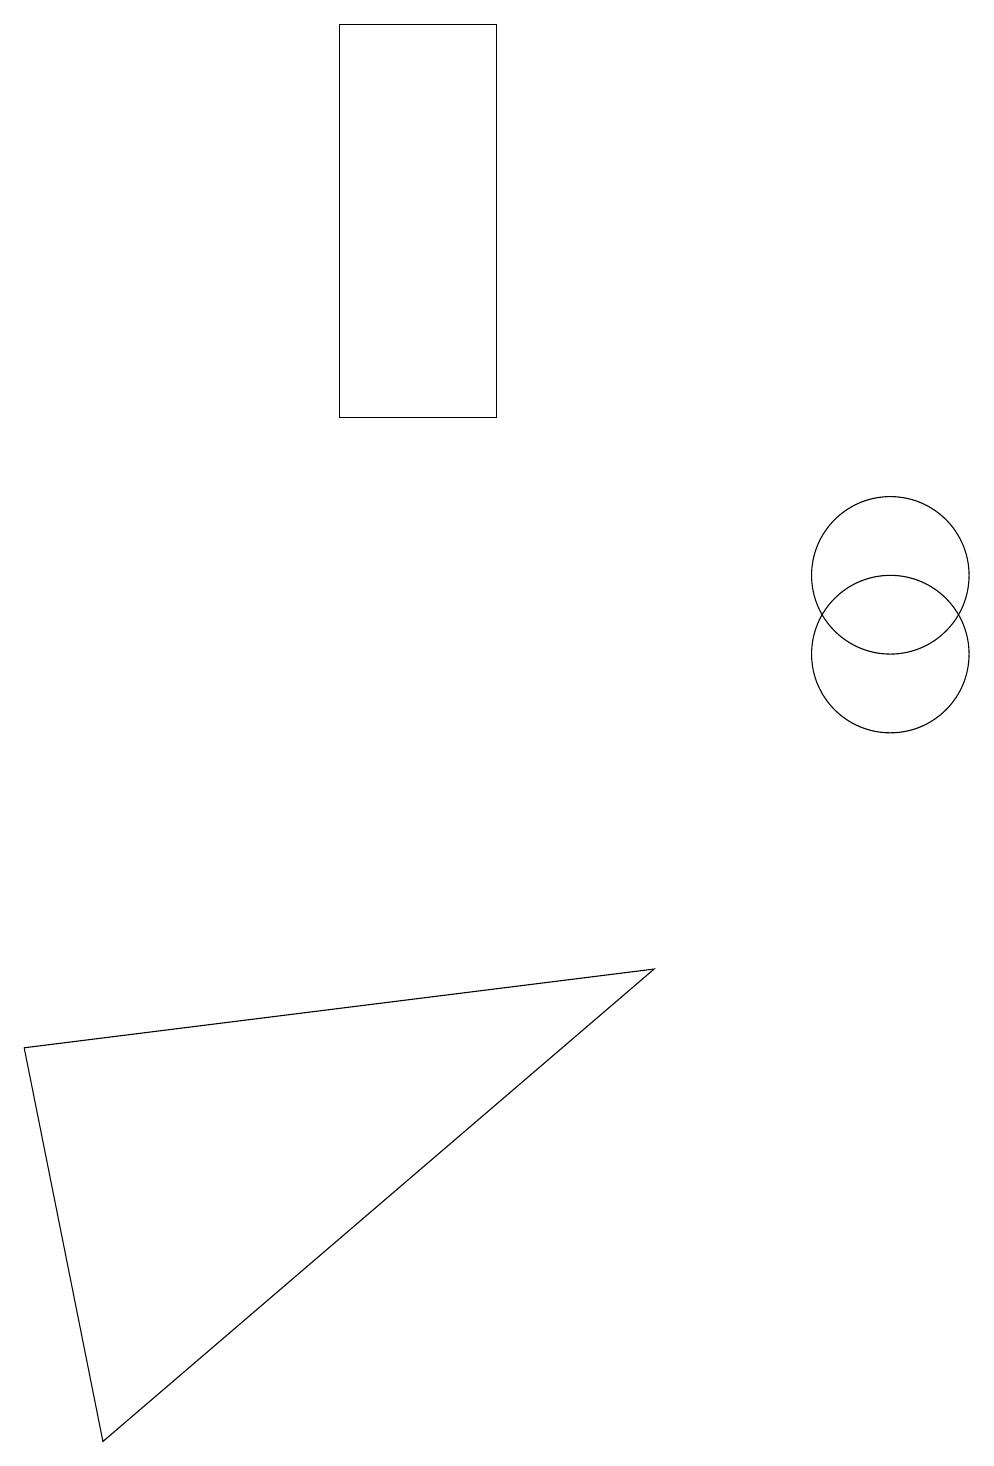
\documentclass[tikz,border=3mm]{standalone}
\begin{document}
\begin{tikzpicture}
\draw (12,11) circle (1);
\draw (12,10) circle (1);
\draw (1,5) -- (2,0) -- (9,6) -- cycle;
\draw (7,18) rectangle (5,13);
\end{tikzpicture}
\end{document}